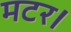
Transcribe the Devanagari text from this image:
मटर।